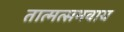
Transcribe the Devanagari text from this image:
तात्मत्समवाय